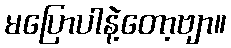
မပြောပါနဲ့တော့ဗျာ။